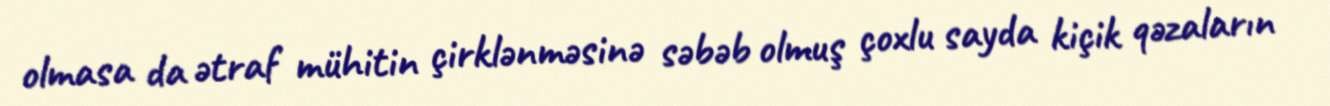
olmasa da ətraf mühitin çirklənməsinə səbəb olmuş çoxlu sayda kiçik qəzaların